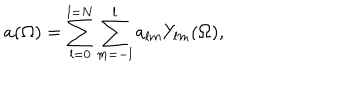
LaTeX: a ( \Omega ) = \sum _ { l = 0 } ^ { l = N } \sum _ { m = - l } ^ { l } a _ { l m } Y _ { l m } ( \Omega ) ,